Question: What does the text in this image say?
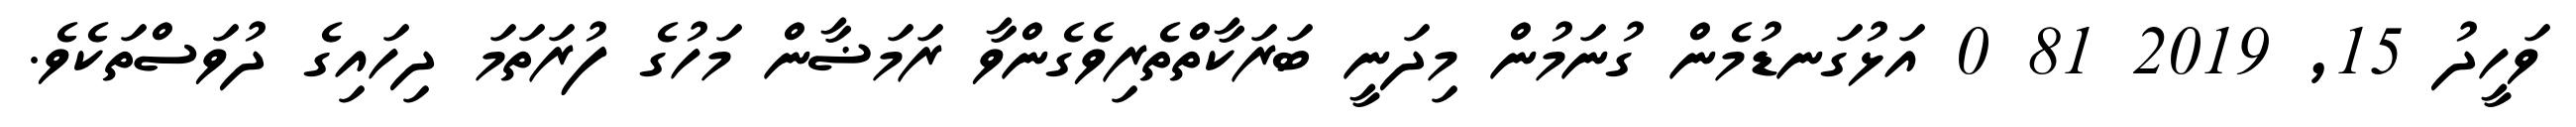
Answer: ވަހީދު 15, 2019 81 0 އަޅުގަނޑުމެން ގުނަމުން މިދަނީ ބަރަކާތްތެރިވެގެންވާ ރަމަޟާން މަހުގެ ފުރަތަމަ ދިހައިގެ ދުވަސްތަކެވެ.